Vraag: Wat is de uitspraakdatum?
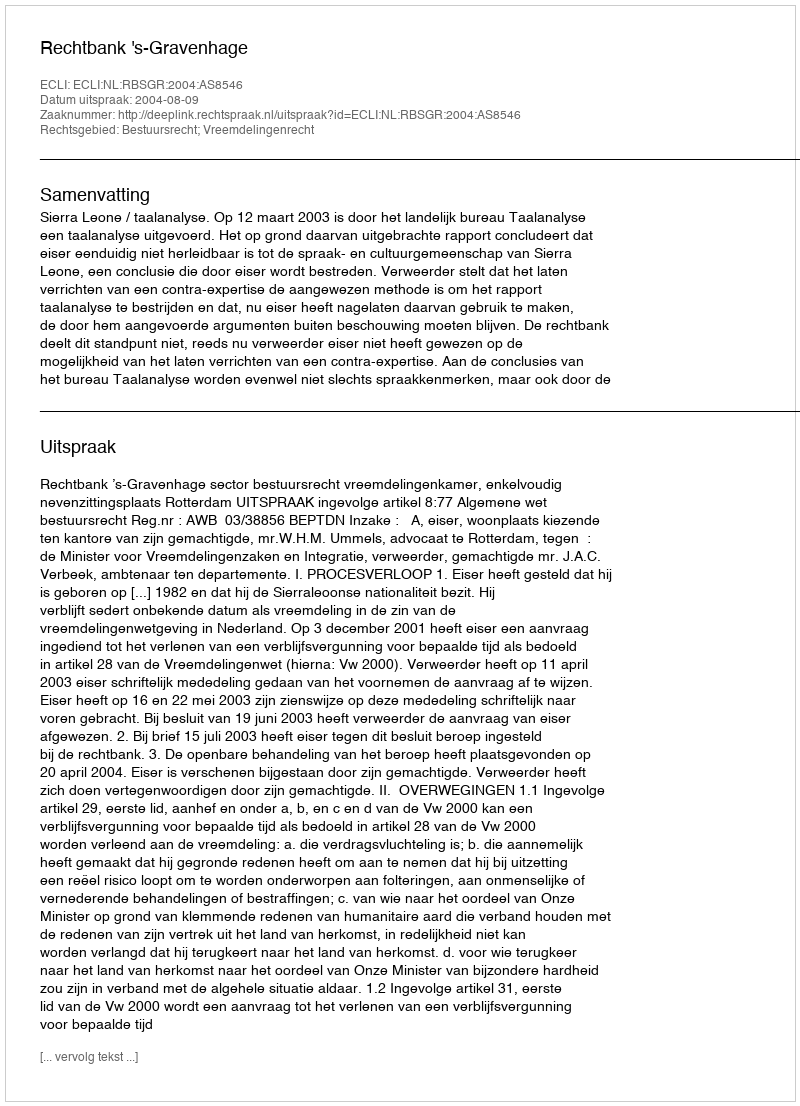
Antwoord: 2004-08-09